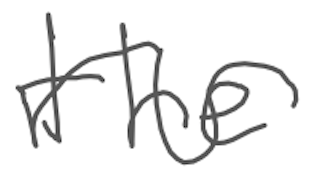
Text: the
Cross-out: wave
Writing tool: digital_gray